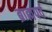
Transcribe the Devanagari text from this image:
ब्राह्मपर्व